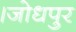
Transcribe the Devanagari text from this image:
।जोधपुर